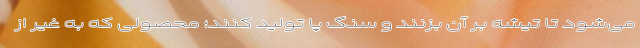
می‌شود تا تیشه بر آن بزنند و سنگ پا تولید کنند؛ محصولی که به غیر از